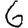
Digit: 6